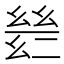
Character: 𫷡